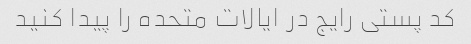
کد پستی رایج در ایالات متحده را پیدا کنید